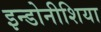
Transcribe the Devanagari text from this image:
इन्डोनीशिया